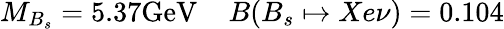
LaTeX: M_{B_{s}}=5.37\mathrm{GeV}\; \; \; \; B(B_{s}\mapsto Xe\nu)=0.104